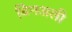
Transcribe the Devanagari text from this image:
बिनअली